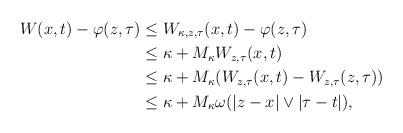
LaTeX: \begin{align*}W(x,t)-\varphi(z,\tau)&\le W_{\kappa,z,\tau}(x,t)-\varphi(z,\tau)\\&\le \kappa+M_\kappa W_{z,\tau}(x,t)\\&\le \kappa+M_\kappa (W_{z,\tau}(x,t)-W_{z,\tau}(z,\tau))\\&\le \kappa+M_\kappa\omega(|z-x|\vee|\tau-t|),\end{align*}